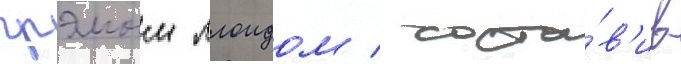
грэмом ллоидом / соста́в'ив